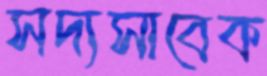
সদ্যসাবেক